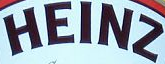
HEINZ